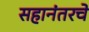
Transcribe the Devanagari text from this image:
सहानंतरचे